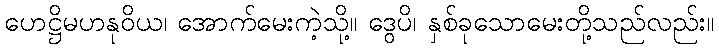
ဟေဋ္ဌိမဟနုဝိယ၊ အောက်မေးကဲ့သို့။ ဒွေပိ၊ နှစ်ခုသောမေးတို့သည်လည်း။